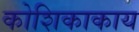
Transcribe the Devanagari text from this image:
कोशिकाकाय